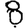
Digit: 8